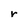
Character: r